Civil Veterinary Dept. Bombay admin report 1932-41 - 1932-1941
Year: 1932
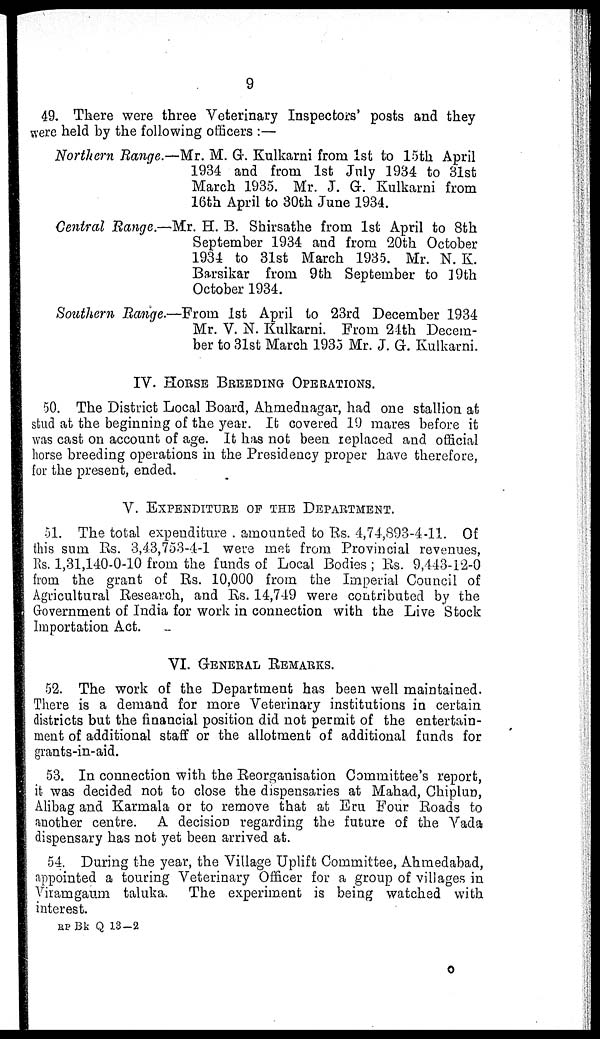
9
49. There were three Veterinary Inspectors' posts and they
were held by the following officers :—
Northern Range.—Mr. M. G. Kulkarni from 1st to 15th April
1934 and from 1st July 1934 to 31st
March 1935. Mr. J. G. Kulkarni from
16th April to 30th June 1934.
Central Range.—Mr. H. B. Shirsathe from 1st April to 8th
September 1934 and from 20th October
1934 to 31st March 1935. Mr. N. K.
Barsikar from 9th September to 19th
October 1934.
Southern Range.—From 1st April to 23rd December 1934
Mr. V. N. Kulkarni. From 24th Decem-
ber to 31st March 1935 Mr. J. G. Kulkarni.
IV. HORSE BREEDING OPERATIONS.
50. The District Local Board, Ahmednagar, had one stallion at
stud at the beginning of the year. It covered 19 mares before it
was cast on account of age. It has not been replaced and official
horse breeding operations in the Presidency proper have therefore,
for the present, ended.
V. EXPENDITURE OF THE DEPARTMENT.
51. The total expenditure amounted to Rs. 4,74,893-4-11. Of
this sum Rs. 3,43,753-4-1 were met from Provincial revenues,
Rs. 1,31,140-0-10 from the funds of Local Bodies ; Rs. 9,443-12-0
from the grant of Rs. 10,000 from the Imperial Council of
Agricultural Research, and Rs. 14,749 were contributed by the
Government of India for work in connection with the Live Stock
Importation Act.
VI. GENERAL REMARKS.
52. The work of the Department has been well maintained.
There is a demand for more Veterinary institutions in certain
districts but the financial position did not permit of the entertain-
ment of additional staff or the allotment of additional funds for
grants-in-aid.
53. In connection with the Reorganisation Committee's report,
it was decided not to close the dispensaries at Mahad, Chiplun,
Alibag and Karmala or to remove that at Eru Four Roads to
another centre. A decision regarding the future of the Vada
dispensary has not yet been arrived at.
54. During the year, the Village Uplift Committee, Ahmedabad,
appointed a touring Veterinary Officer for a group of villages in
Viramgaum taluka. The experiment is being watched with
interest.
RP Bk Q 13-2